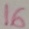
Text: 16